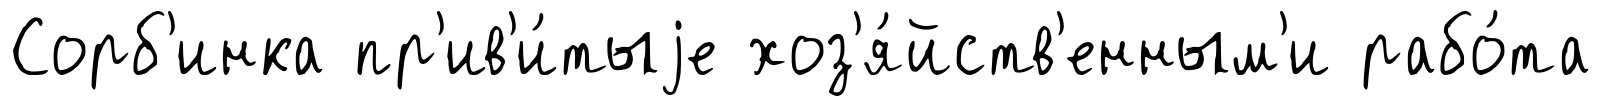
Сорб'инка пр'ив'и́тыjе хоз'я́йств'енным'и рабо́та